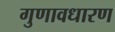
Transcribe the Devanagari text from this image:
गुणावधारण